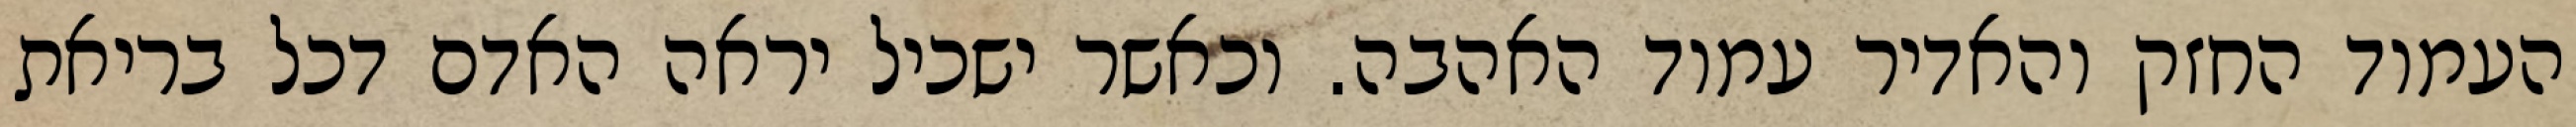
העמוד החזק והאדיר עמוד האהבה. וכאשר ישכיל יראה האדם דכל בריאת